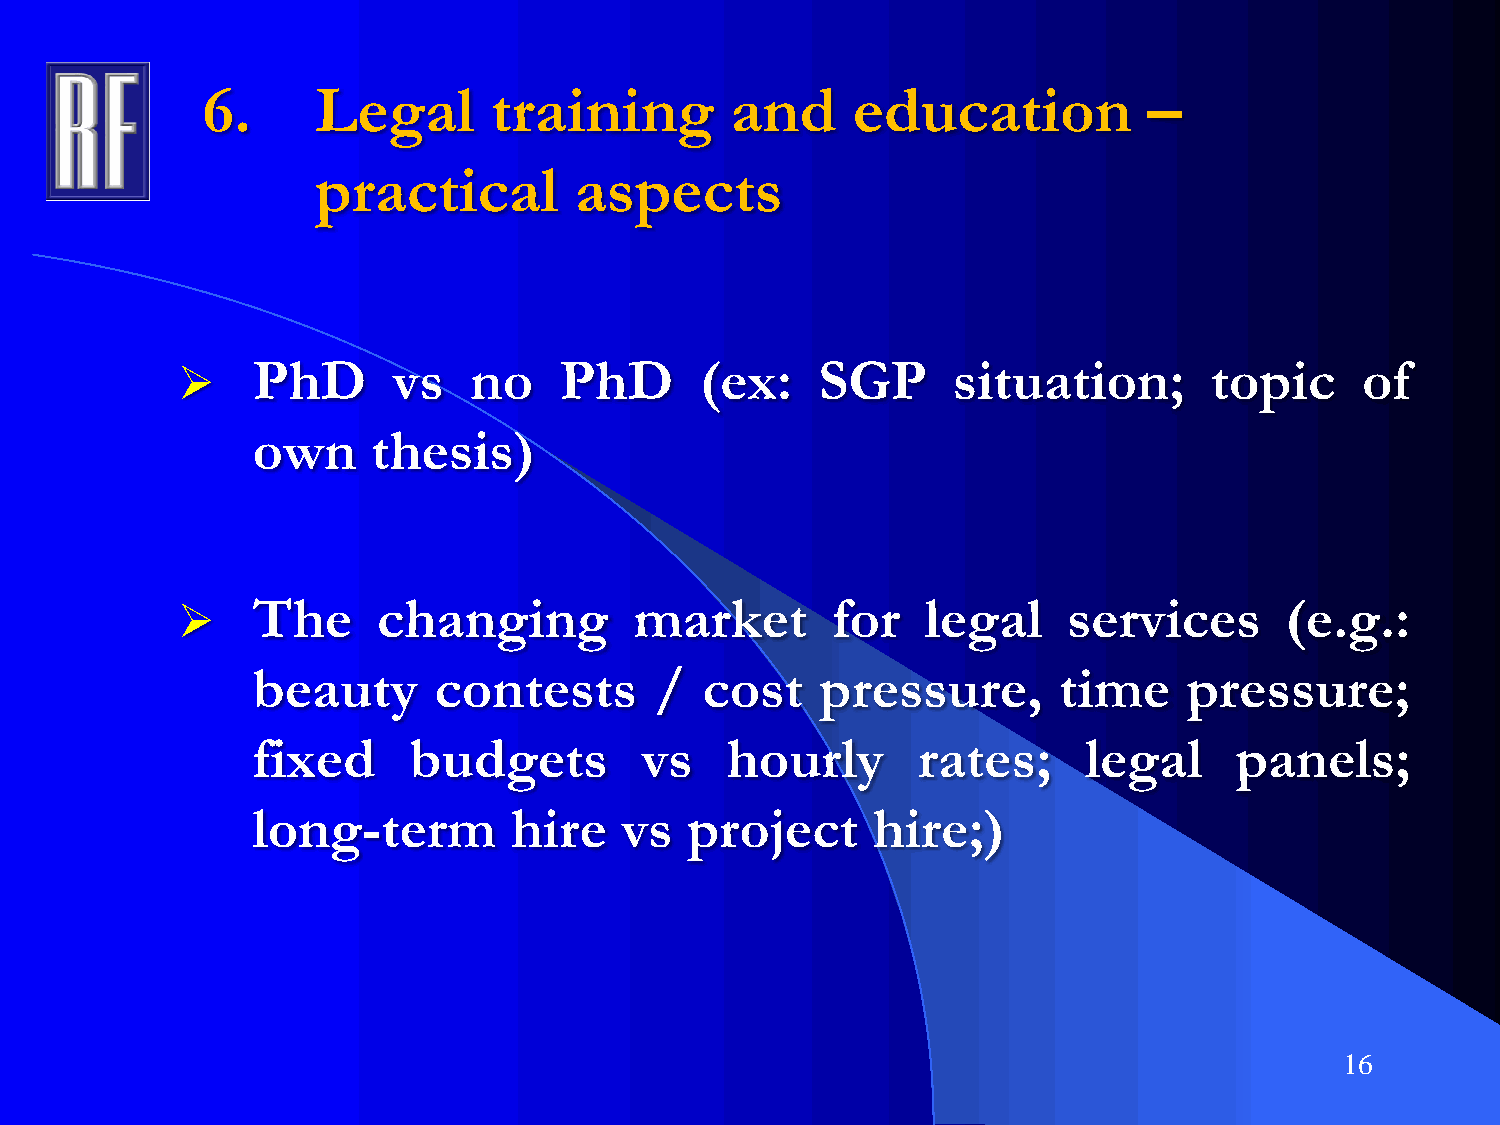
6.      Legal      training        and     education           –
 practical        aspects
     PhD      vs   no    PhD      (ex:    SGP      situation;       topic     of
 own     thesis)
     The     changing         market       for   legal     services      (e.g.:
 beauty      contests      /   cost   pressure,       time     pressure;
 fixed     budgets        vs    hourly       rates;     legal     panels;
 long-term        hire   vs  project      hire;)
 16